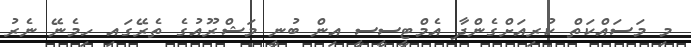
މި މަސައްކަތް ކުރިއަށްގެންދާ އެމްޓީސީސީ އިން ބުނީ މަޝްރޫއުގެ ތެރޭގައި ހިމެނޭ ނެރު